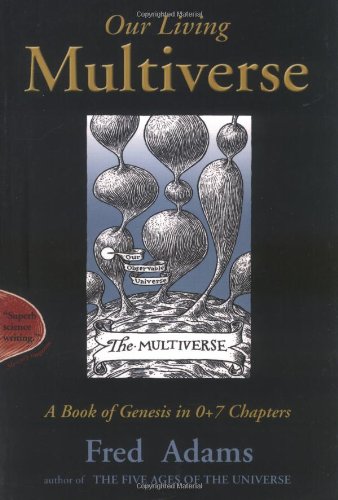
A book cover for Our Living Multiverse: A Book of Genesis in 0+7 Chapters; Fred Adams; Humor & Entertainment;